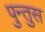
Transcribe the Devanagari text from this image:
पुन्तुस